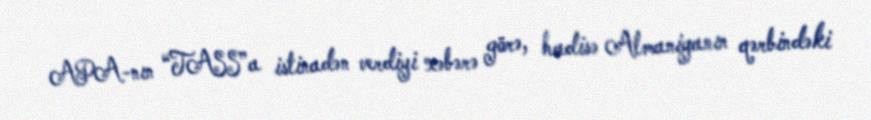
APA-nın “TASS”a istinadən verdiyi xəbərə görə, hadisə Almaniyanın qərbindəki